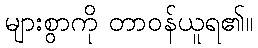
များစွာကို တာဝန်ယူရ၏။